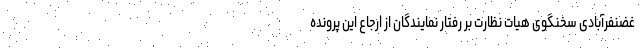
غضنفرآبادی سخنگوی هیات نظارت بر رفتار نمایندگان از ارجاع این پرونده